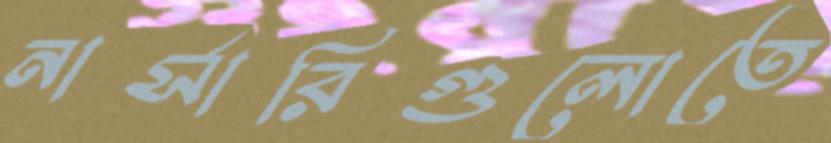
নার্সারিগুলোতে